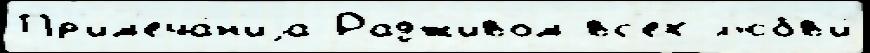
Пр'им'еча́н'иjа Радживом вс'ех л'юбв'и́